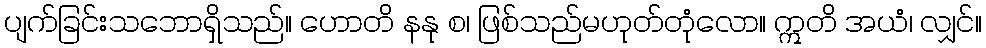
ပျက်ခြင်းသဘောရှိသည်။ ဟောတိ နနု စ၊ ဖြစ်သည်မဟုတ်တုံလော။ ဣတိ အယံ၊ လျှင်။